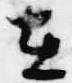
在